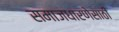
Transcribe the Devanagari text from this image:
समाजधारणेसाठी